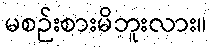
မစဉ်းစားမိဘူးလား။